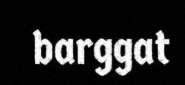
barggat